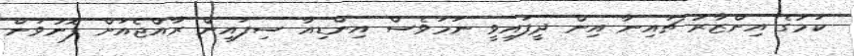
ކަމުގެ އިންޒާރު ޗައިނާ އިން ދީފައިވީ ނަމަވެސް އިންޑިއާ ސިފައިން ރާއްޖެއަށް ފޮނުވަން